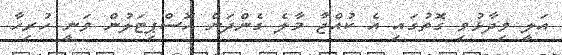
އަލީ ވިދާޅުވި ގޮތުގައި އެ ކުއްޖާ މާލެ ގެންދަން ހޮސްޕިޓަލުން ވަނީ ހުރިހާ